Indian journal of veterinary science and animal husbandry - Volume 10,
Year: 1940
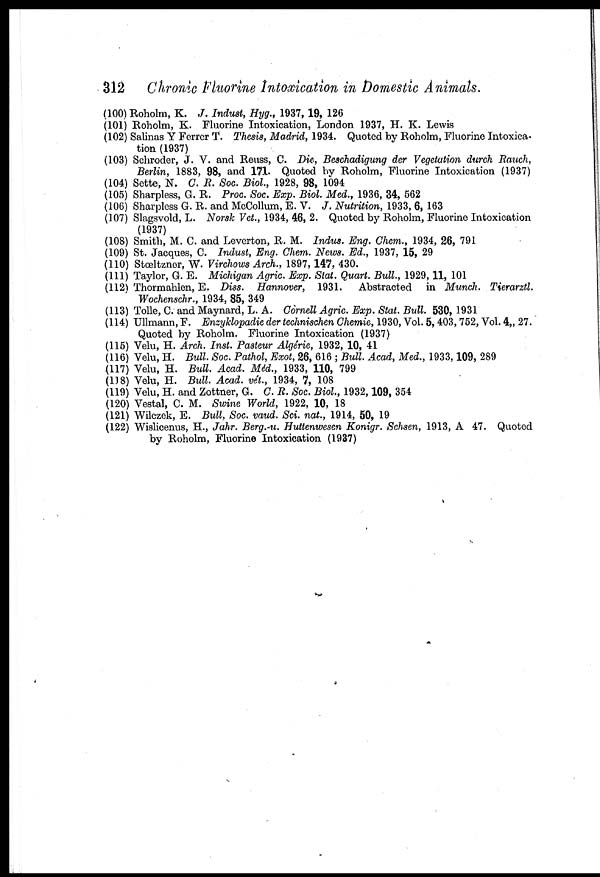
312 Chronic Fluorine Intoxication in Domestic Animals.
(100) Roholm, K. J. Indust, Hyg., 1937, 19, 126
(101) Roholm, K. Fluorine Intoxication, London 1937, H. K. Lewis
(102) Salinas Y Ferrer T. Thesis, Madrid, 1934. Quoted by Roholm, Fluorine Intoxica-
tion (1937)
(103) Schroder, J. V. and Reuss, C. Die, Beschadigung der Vegetation durch Rauch,
Berlin, 1883, 98, and 171. Quoted by Roholm, Fluorine Intoxication (1937)
(104) Sette, N. C. R. Soc. Biol, 1928, 98, 1094
(105) Sharpless, G. R. Proc. Soc. Exp. Biol. Med., 1936, 34, 562
(106) Sharpless G. R. and McCollum, E. V. J. Nutrition, 1933, 6, 163
(107) Slagsvold, L. Norsk Vet., 1934, 46, 2. Quoted by Roholm, Fluorine Intoxication
(1937)
(108) Smith, M. C. and Leverton, R. M. Indus. Eng. Chem., 1934, 26, 791
(109) St. Jacques, C. Indust, Eng. Chem. News. Ed., 1937, 15, 29
(110) Stœltzner, W. Virchows Arch., 1897, 147, 430.
(111) Taylor, G. E. Michigan Agric. Exp. Stat. Quart. Bull, 1929, 11, 101
(112) Thormahlen, E. Diss. Hannover, 1931. Abstracted in Munch. Tierarztl.
Wochenschr., 1934, 85, 349
(113) Tolle, C. and Maynard, L. A. Cornell Agric. Exp. Stat. Bull. 530, 1931
(114) Ullmann, F. Enzyklopadie der technischen Chemie, 1930, Vol. 5,403, 752, Vol. 4„ 27.
Quoted by Roholm. Fluorine Intoxication (1937)
(115) Velu, H. Arch. Inst. Pasteur Algérie, 1932, 10, 41
(116) Velu, H. Bull. Soc. Pathol, Exot, 26, 616 ; Bull. Acad, Med., 1933, 109, 289
(117) Velu, H. Bull. Acad. Méd., 1933, 110, 799
(118) Velu, H. Bull. Acad. vét., 1934, 7, 108
(119) Velu, H. and Zottner, G. C. R. Soc. Biol, 1932, 109, 354
(120) Vestal, C. M. Swine World, 1922, 10, 18
(121) Wilczek, E. Bull, Soc. vaud. Sci. nat., 1914, 50, 19
(122) Wislicenus, H., Jahr. Berg.-u. Huttenwesen Konigr. Schsen, 1913, A 47. Quoted
by Roholm, Fluorine Intoxication (1937)